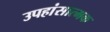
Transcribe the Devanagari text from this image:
उपहांसात्मक